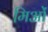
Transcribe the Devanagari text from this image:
मि़ओं